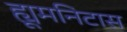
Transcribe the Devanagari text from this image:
ह्यूमनिटास